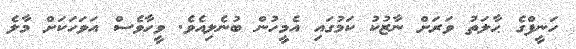
ހަނީފްގެ ޙާލަތު ވަރަށް ނާޒުކު ކަމުގައި އެމީހުން ބުނެލިއެވެ. ވީހާވެސް އަވަހަކަށް މާލެ